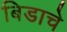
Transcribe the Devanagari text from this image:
बिडाचे